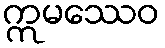
ဣမဿေဝ